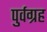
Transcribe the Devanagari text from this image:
पुर्वग्रह